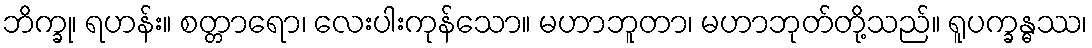
ဘိက္ခု၊ ရဟန်း။ စတ္တာရော၊ လေးပါးကုန်သော။ မဟာဘူတာ၊ မဟာဘုတ်တို့သည်။ ရူပက္ခန္ဓဿ၊